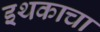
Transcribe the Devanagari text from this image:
इथकाचा